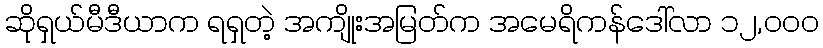
ဆိုရှယ်မီဒီယာက ရရှတဲ့ အကျိုးအမြတ်က အမေရိကန်ဒေါ်လာ ၁၂,၀၀၀